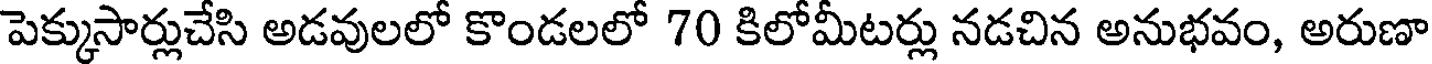
పెక్కుసార్లుచేసి అడవులలో కొండలలో 70 కిలోమీటర్లు నడచిన అనుభవం, అరుణా